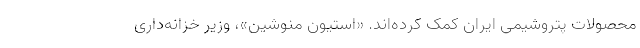
محصولات پتروشیمی ایران کمک کرده‌اند. «استیون منوشین»، وزیر خزانه‌داری